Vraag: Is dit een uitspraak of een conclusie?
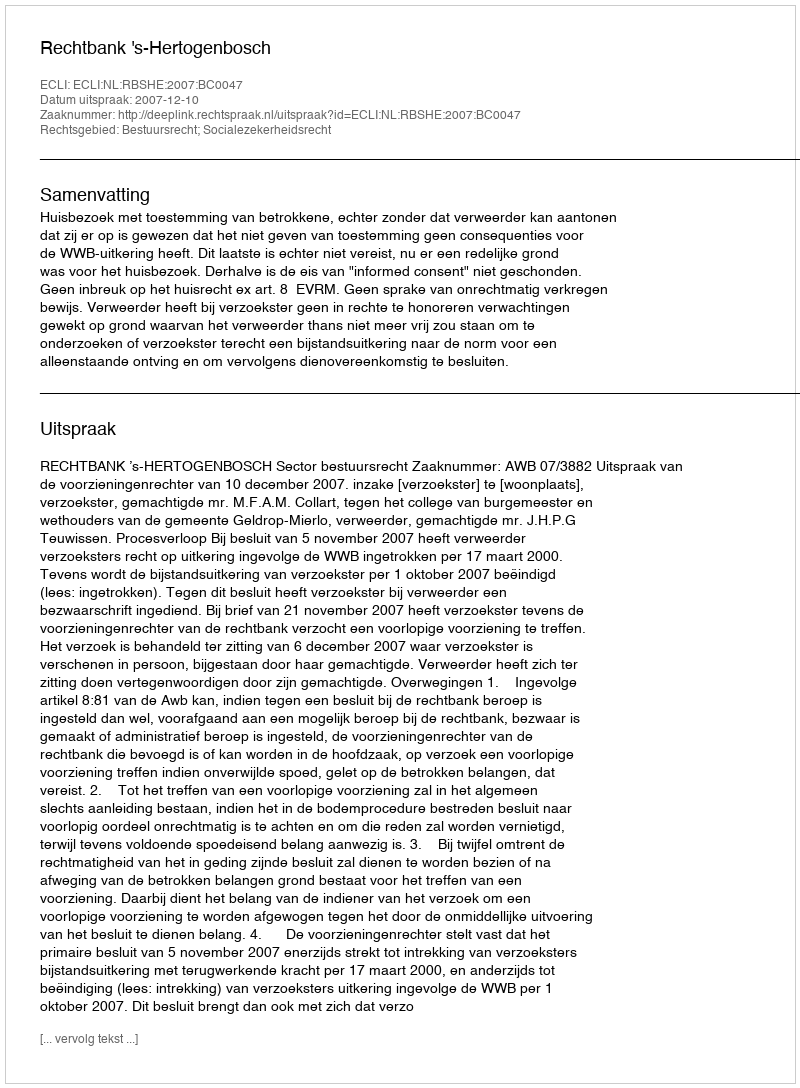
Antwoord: Uitspraak